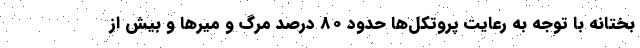
بختانه با توجه به رعایت پروتکل‌ها حدود 80 درصد مرگ و میرها و بیش از